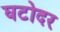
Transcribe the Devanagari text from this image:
घटोदर